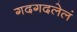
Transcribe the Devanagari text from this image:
गदगदलेलं